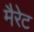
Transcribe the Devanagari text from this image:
मैरेट